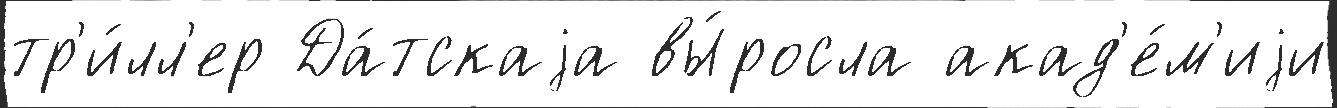
тр'и́лл'ер Да́тскаjа вы́росла акад'е́м'иjи